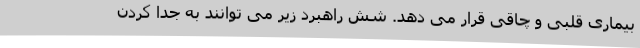
بیماری قلبی و چاقی قرار می دهد. شش راهبرد زیر می توانند به جدا کردن